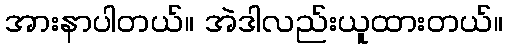
အားနာပါတယ်။ အဲဒါလည်းယူထားတယ်။